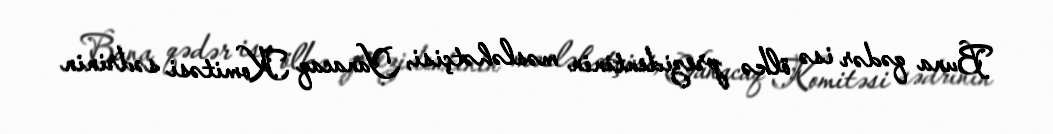
Buna qədər isə ölkə prezidentinin məsləhətçisi, Yanacaq Komitəsi sədrinin